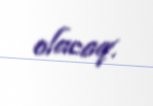
olacaq.